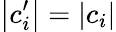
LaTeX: \left|{c_{i}^{\prime}}\right|=\left|{c_{i}}\right|